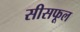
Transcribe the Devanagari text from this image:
सीसफूल